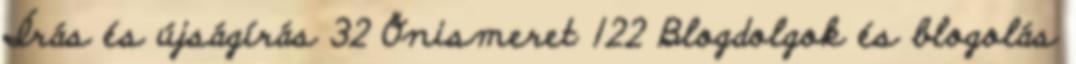
Írás és újságírás 32 Önismeret 122 Blogdolgok és blogolás